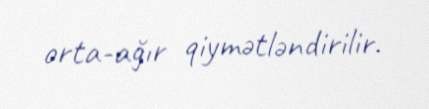
orta-ağır qiymətləndirilir.